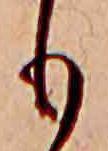
も